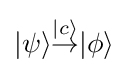
|\psi \rangle {\overset {|c\rangle }{\rightarrow }}|\phi \rangle